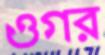
ওগর